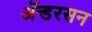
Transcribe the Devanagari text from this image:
ॲन्डरसन